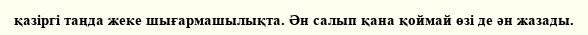
қазіргі таңда жеке шығармашылықта. Ән салып қана қоймай өзі де ән жазады.